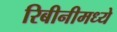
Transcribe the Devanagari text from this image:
रिबीनीमध्ये